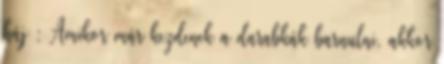
háj : Amikor már kezdenek a darabkák barnulni, akkor